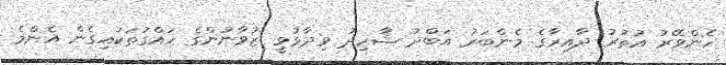
ހެންވޭރު އުތުރު ދާއިރާގެ މެންބަރު އަބްދު ޝާހިދު ވިދާޅުވީ ޒުވާނުންގެ ހައްގުތަކައިގެން އެންމެ